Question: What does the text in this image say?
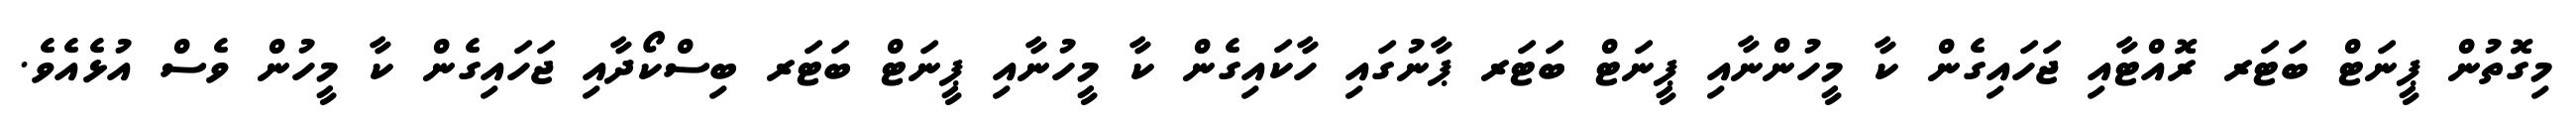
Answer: މިގޮތުން ޕީނަޓް ބަޓަރ ރޮއްޓާއި ޖަހައިގެން ކާ މީހުންނާއި ޕީނަޓް ބަޓަރ ޕާނުގައި ހާކައިގެން ކާ މީހުނާއި ޕީނަޓް ބަޓަރ ބިސްކޯދާއި ޖަހައިގެން ކާ މީހުން ވެސް އުޅެއެވެ.